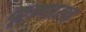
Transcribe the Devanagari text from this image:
कृष्णासह